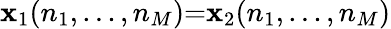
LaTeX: \mathbf{x}_{1}(n_{1},...,n_{M}){=}\mathbf{x}_{2}(n_{1},...,n_{M})